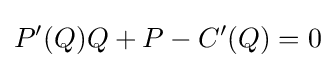
P'(Q)Q+P-C'(Q)=0